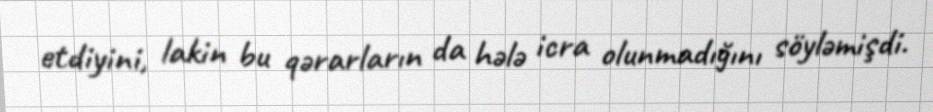
etdiyini, lakin bu qərarların da hələ icra olunmadığını söyləmişdi.